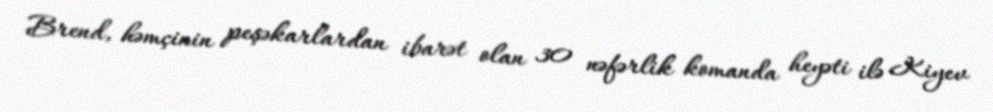
Brend, həmçinin peşəkarlardan ibarət olan 30 nəfərlik komanda heyəti ilə Kiyev